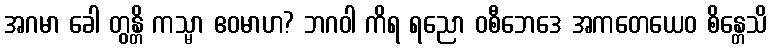
အဂမာ ခေါ တွန္တိ ကသ္မာ ဧဝမာဟ? ဘဂဝါ ကိရ ရညော ဝစီဘေဒေ အကတေယေဝ စိန္တေသိ